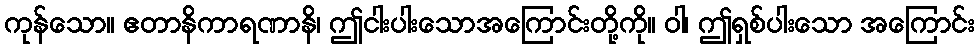
ကုန်သော။ ဧတာနိကာရဏာနိ၊ ဤငါးပါးသောအကြောင်းတို့ကို။ ဝါ၊ ဤရှစ်ပါးသော အကြောင်း